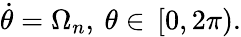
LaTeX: \dot{\theta}=\Omega_{n},\: \theta\in\, [0,2\pi).